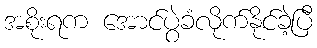
အစိုးရက အောင်ပွဲခံလိုက်နိုင်ခဲ့ပြီ